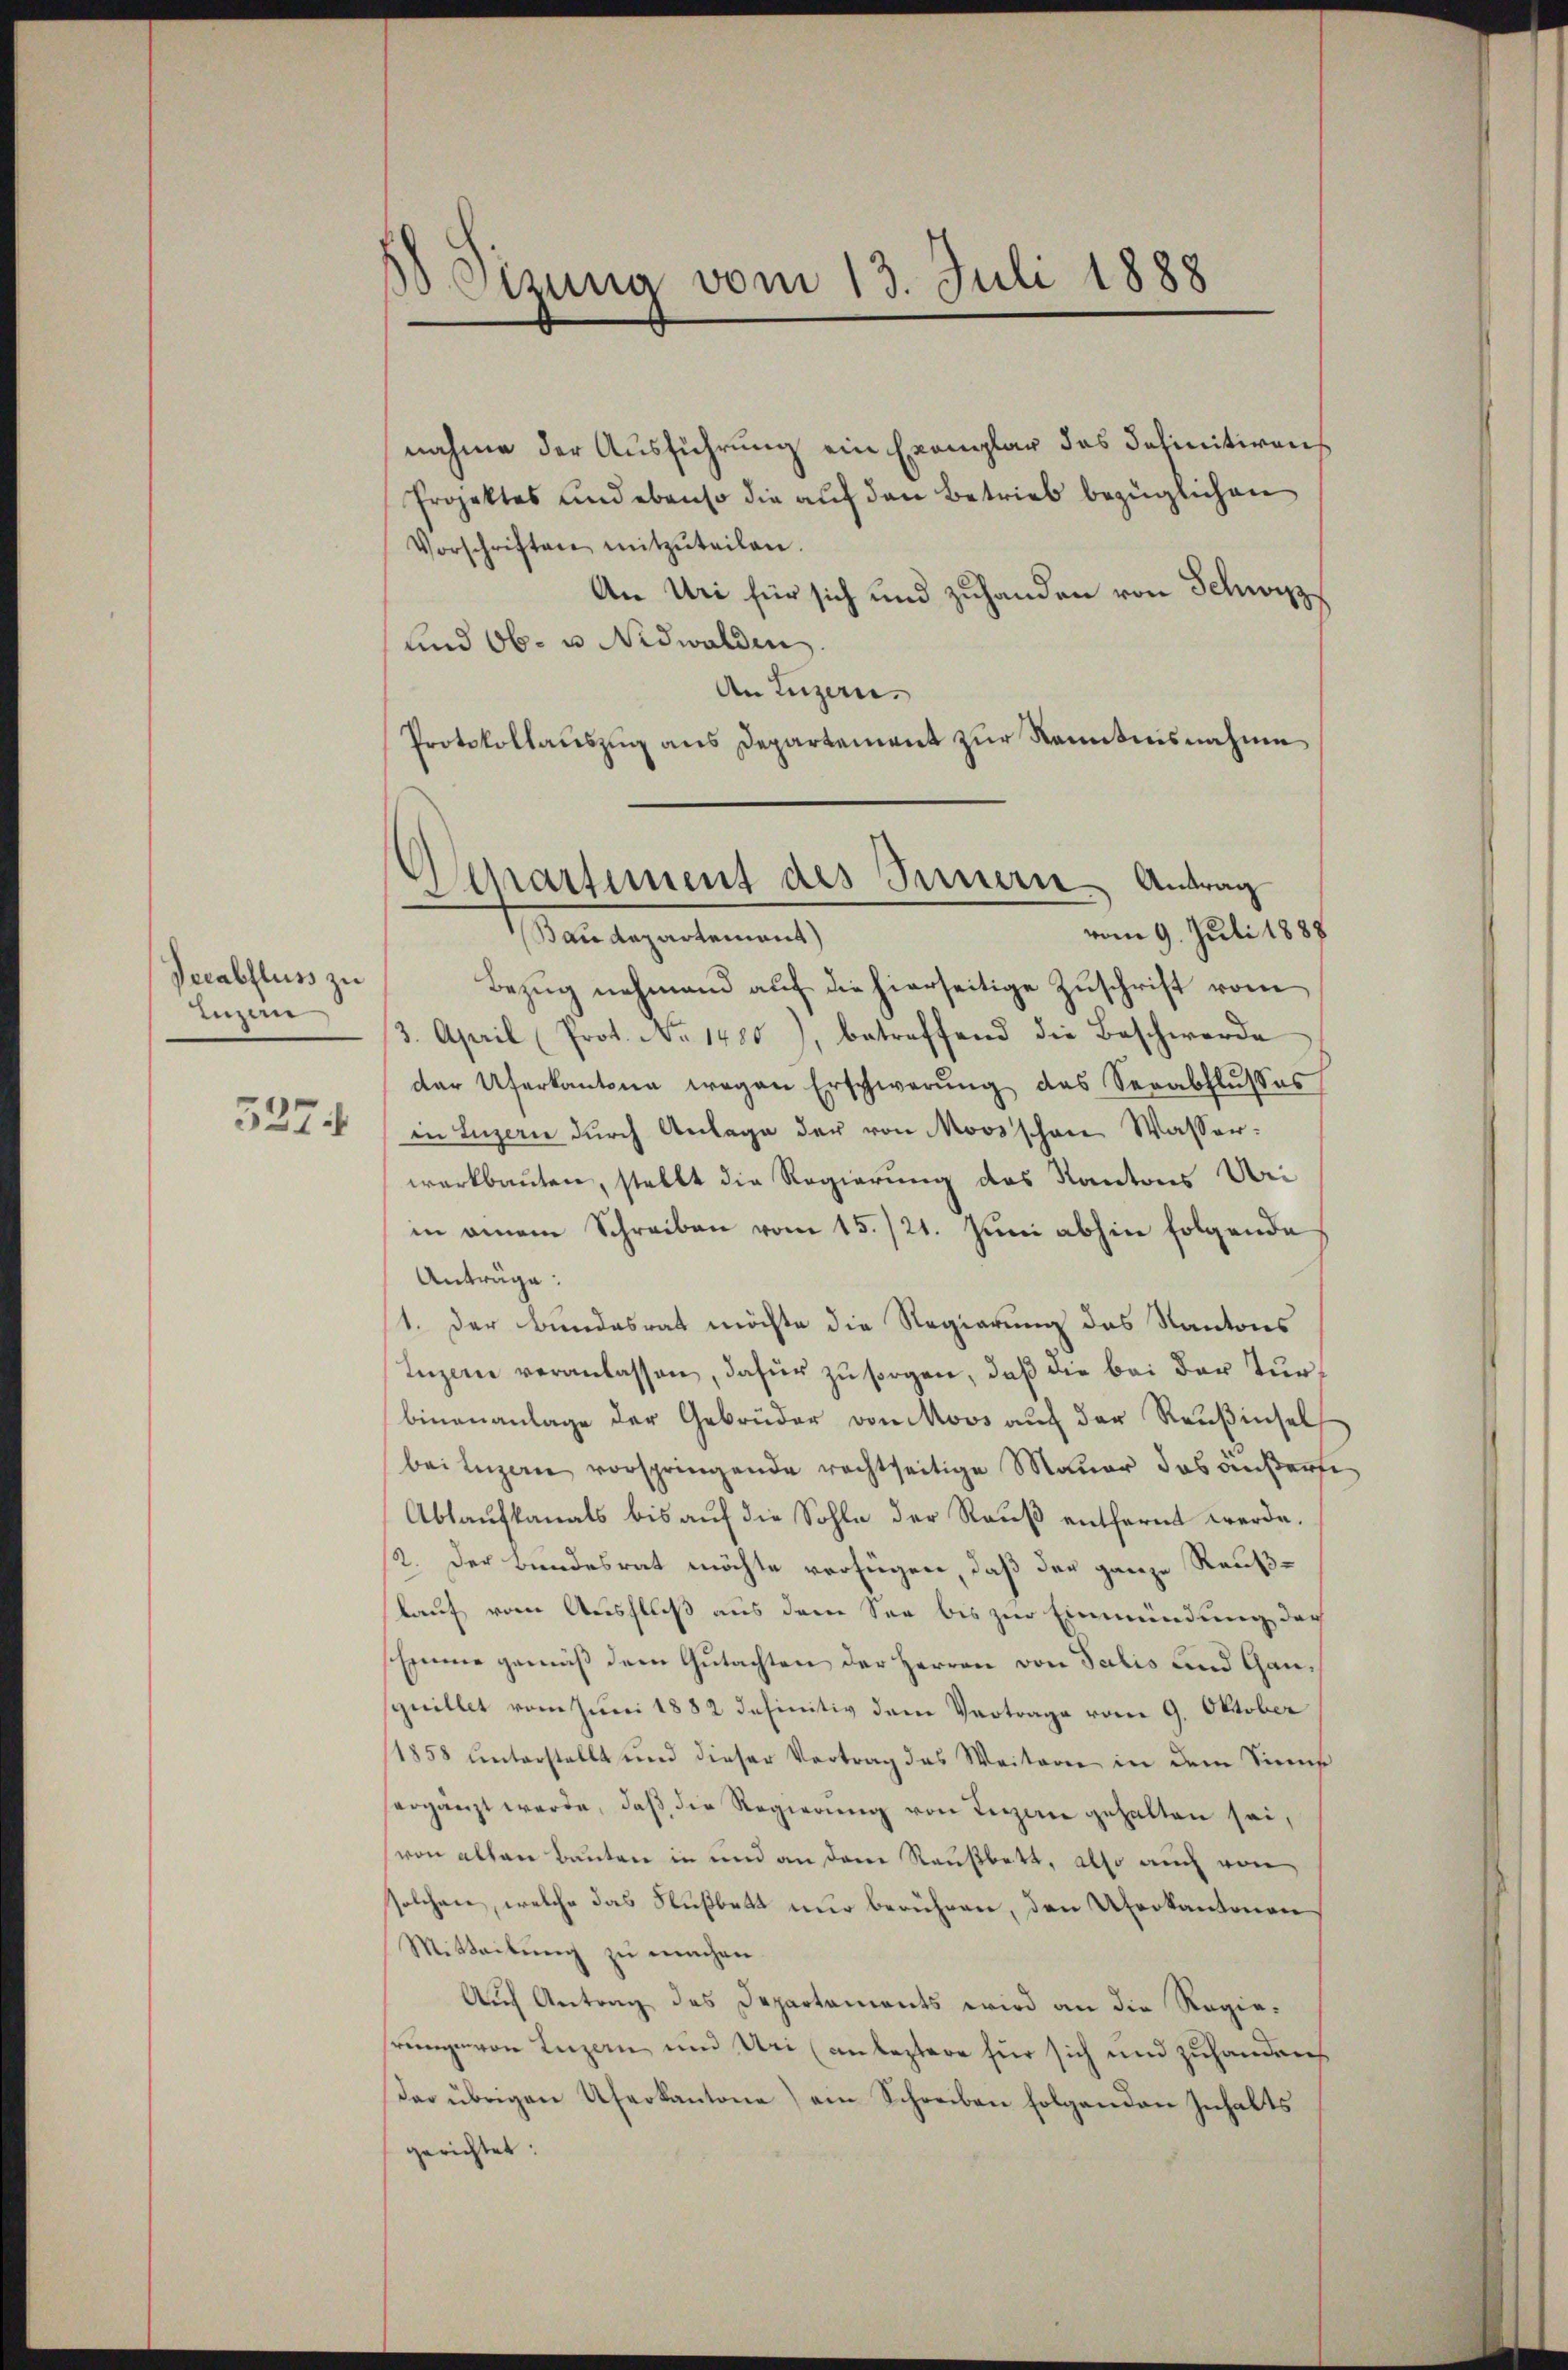
Verabfluss zu
Luzern

5274

Sizung vom 13. Juli 1888

nahme der Ausführung ein Exemplar das Satinitiven
Projektes und ebenso die auf den Betrieb bezüglichen
Vorschriften mitzŭteilen.
An Uri für sich und zuhanden von Schwisz¬
und Ob- u. Nidwalden
An Luzern.
Protokollauszug aus Departement zur Kenntnisnahme
Bezug nehmend auf die hierseitige Zuschrift vom
3. April (Prot. No. 1480), betreffend die Beschwerde
der Uferkantone wegen Erschwerung des Serabflusses
in Luzern durch Anlage der von Moos schon Wasserwerkbauten, stellt die Regierung des Kantons Uri
in einem Schreiben vom 15./21. Juni abhin folgende
Anträge:
1. Der Bundesrat möchte die Regierung des Kantons
Inzen veranlassen, dafür zu sorgen, daß die bei der Turbinenanlage der Gebrüder von Moos auf der Reußinsel
bei Luzern vorspringende rechtseitige Mauer das außerte
Ablaufkanals bis auf die Sohle der Rauß entfernt werde.
2. Der Bundesrat möchte verfügen, daß der ganze Reußkauf vom Anschluß aus dem See bis zur Einmündung der
Eine gemäß dem Gutachten der Herren von Salis und Gansynillet vom Juni 1882 definitiv dem Vertrage vom 9. Oktober
1858 unterstellt und dieser Vertrag das Weiterer in dem Sinn
hergänzt werde, daβ die Regierŭng von Luzern gehalten sei,
von allen Bauten in und an dem Raußbett, also auch von
solchen, welche das Flußbett nur berühren, den Uferkantonen
Mitteilung zu machen.
Auch Antrag des Departaments wird an die Regierunge von Luzern und Uri (an leztere für sich und zuhandens
Der übrigen Uferkantone) ein Schreiben folgenden Inhalts
gerichtet:

Separtement des Sinnern, Antrag
vom 9. Juli 1888
M. dans legenstaunentg